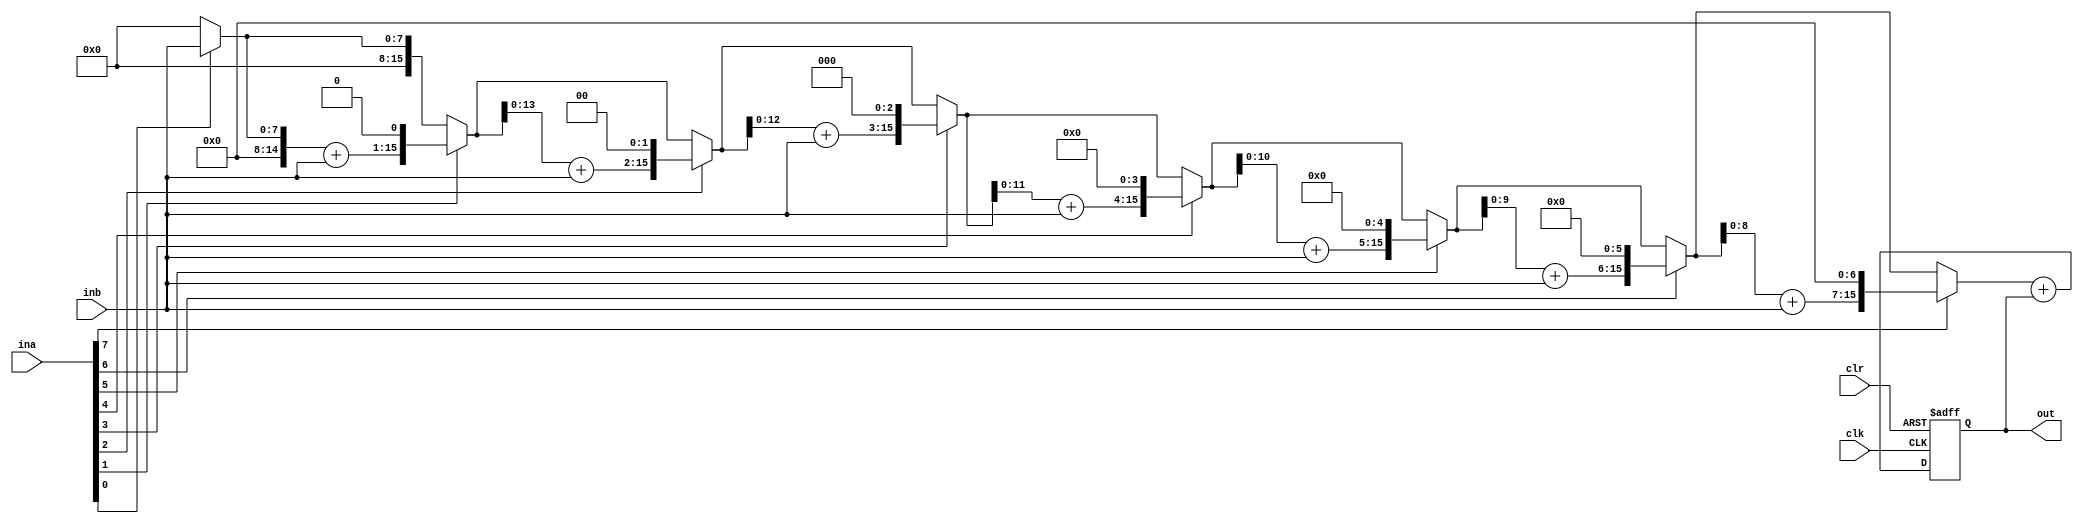
module mult_acc (out, ina, inb, clk, clr);

input [7:0] ina, inb;
input clk, clr;
output [15:0] out;

wire [15:0] mult_out, adder_out;
reg [15:0] out;

parameter set = 10;
parameter hld = 20;

function [15:0] mult;
     input [7:0] a, b ;
     reg [15:0] r;
     integer i ; 
  begin
     if (a[0] == 1)
          r = b;
     else
          r = 0 ;
      for (i =1; i <=7; i = i + 1)
         begin
            if (a[i] == 1)
                r = r +b <<i ; 
            end
  mult = r;
  end
endfunction    


assign adder_out = mult_out + out;

always @ (posedge clk or posedge clr)
   begin 
	if (clr) 
		out <= 16'h0000;
	else 
		out <= adder_out;
   end 

// Function Invocation
assign   mult_out = mult (ina, inb);

specify 
	$setup (ina, posedge clk, set);
	$hold (posedge clk, ina, hld);
	$setup (inb, posedge clk, set);
	$hold (posedge clk, inb, hld);
endspecify
		
endmodule